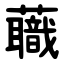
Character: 蘵